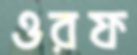
ওরফ